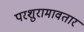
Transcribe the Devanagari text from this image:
परशुरामावतार